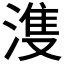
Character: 𣺦